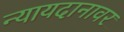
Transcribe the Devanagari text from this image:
न्यायदानावर